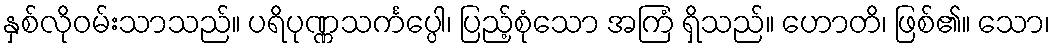
နှစ်လိုဝမ်းသာသည်။ ပရိပုဏ္ဏသင်္ကပ္ပေါ၊ ပြည့်စုံသော အကြံ ရှိသည်။ ဟောတိ၊ ဖြစ်၏။ သော၊